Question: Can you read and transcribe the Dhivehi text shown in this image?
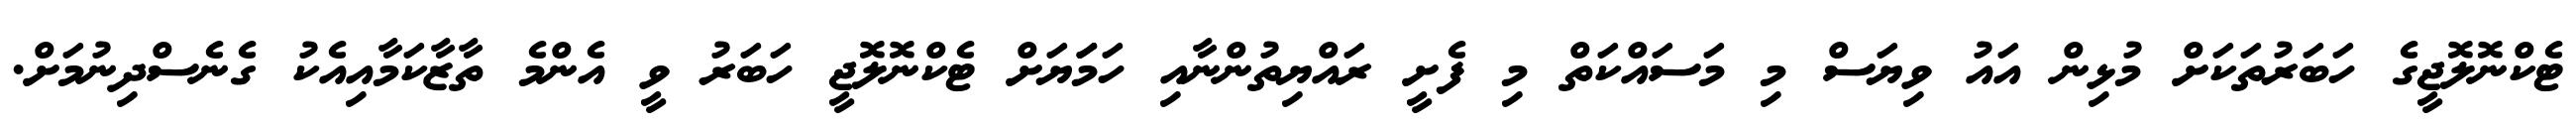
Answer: ޓެކްނޮލޮޖީގެ ހަބަރުތަކަށް މުޅިން އައު ވިޔަސް މި މަސައްކަތް މި ފެށީ ރައްޔިތުންނާއި ހަމަަޔަށް ޓެކްނޮލޮޖީ ހަބަރު ވީ އެންމެ ތާޒާކަމާއިއެކު ގެނެސްދިނުމަށް.